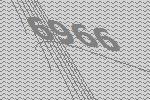
6966